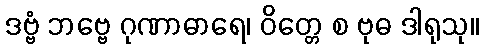
ဒဗ္ဗံ ဘဗ္ဗေ ဂုဏာဓာရေ၊ ဝိတ္တေ စ ဗုဓ ဒါရုသု။